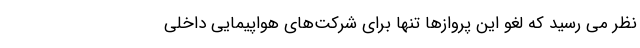
نظر می رسید که لغو این پروازها تنها برای شرکت‌های هواپیمایی داخلی